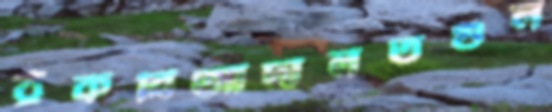
ঠুকবিআদালতগুল